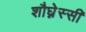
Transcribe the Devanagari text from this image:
शौघ्नेस्सी